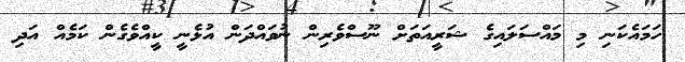
ހަމައެކަނި މި މައްސަލައިގެ ޝަރީއަތަށް ނޫސްވެރިން ނުވައްދަން އުޅެނީ ކީއްވެގެން ކަމެއް އަދި